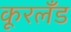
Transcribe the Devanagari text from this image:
कूरलँड